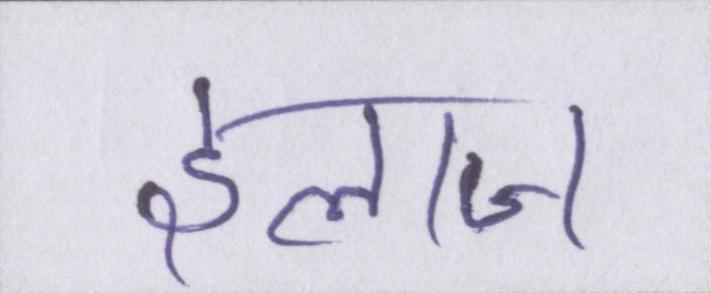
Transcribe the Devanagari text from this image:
इलाज